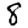
Digit: 8